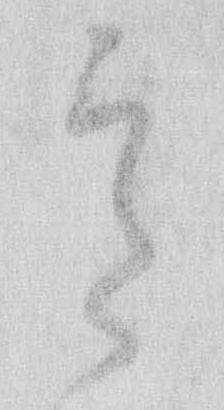
意